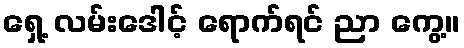
ရှေ့ လမ်းဒေါင့် ရောက်ရင် ညာ ကွေ့။